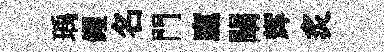
瑀钁名門廩闡辉炙